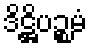
ဒိဋ္ဌိပဉ္စမံ